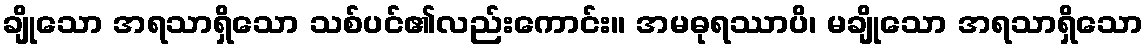
ချိုသော အရသာရှိသော သစ်ပင်၏လည်းကောင်း။ အမဓုရဿာပိ၊ မချိုသော အရသာရှိသော